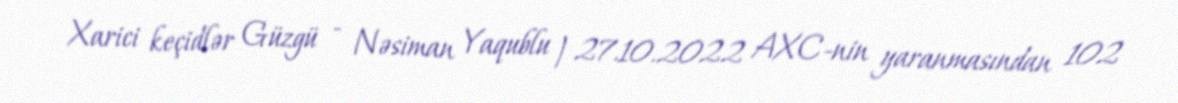
Xarici keçidlər Güzgü - Nəsiman Yaqublu | 27.10.2022 AXC-nin yaranmasından 102